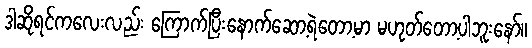
ဒါဆိုရင်ကလေးလည်း ကြောက်ပြီးနောက်ဆော့ရဲတော့မာ မဟုတ်တော့ပါဘူးနော်။